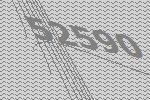
52590